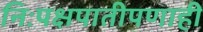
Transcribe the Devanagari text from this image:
निःपक्षपातीपणाही